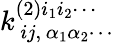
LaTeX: k_{\, ij,\, \alpha_{1}\alpha_{2}\cdots}^{(2)i_{1}i_{2}\cdots}